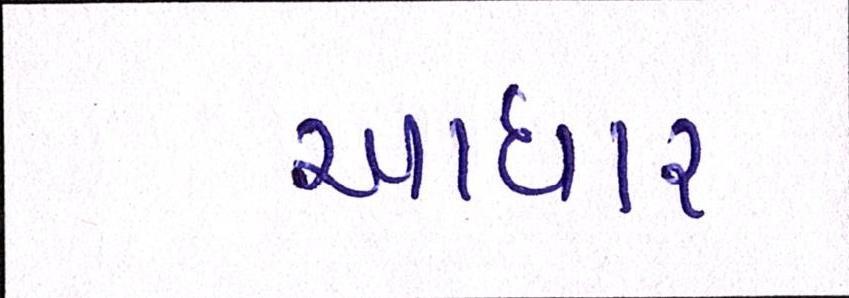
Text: આધાર